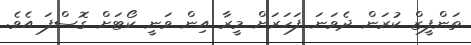
ތަންފީޒް ކުރަން ދެވަނަ ފަހަރަށް މީރާ އިން ވަނީ ކޯޓަށް ގޮސްފަ އެވެ.